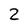
Character: 2